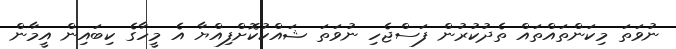
ނުވަތަ މިކަންތައްތައް ތެދުކުރުން ފަސްޖެހި ނުވަތަ ޝައްކުކޮށްފިއްޔާ އެ މީހާގެ ކިބައިން އީމާން